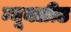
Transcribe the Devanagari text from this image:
न्यूक्लीड